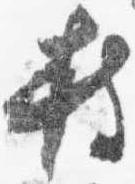
持